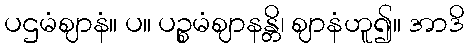
ပဌမံဈာနံ။ ပ။ ပဉ္စမံဈာနန္တိ၊ ဈာနံဟူ၍။ အာဒိ